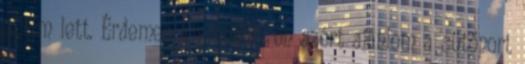
sütim lett. Érdemes kipróbálni, én azért ajánlom a sütőport